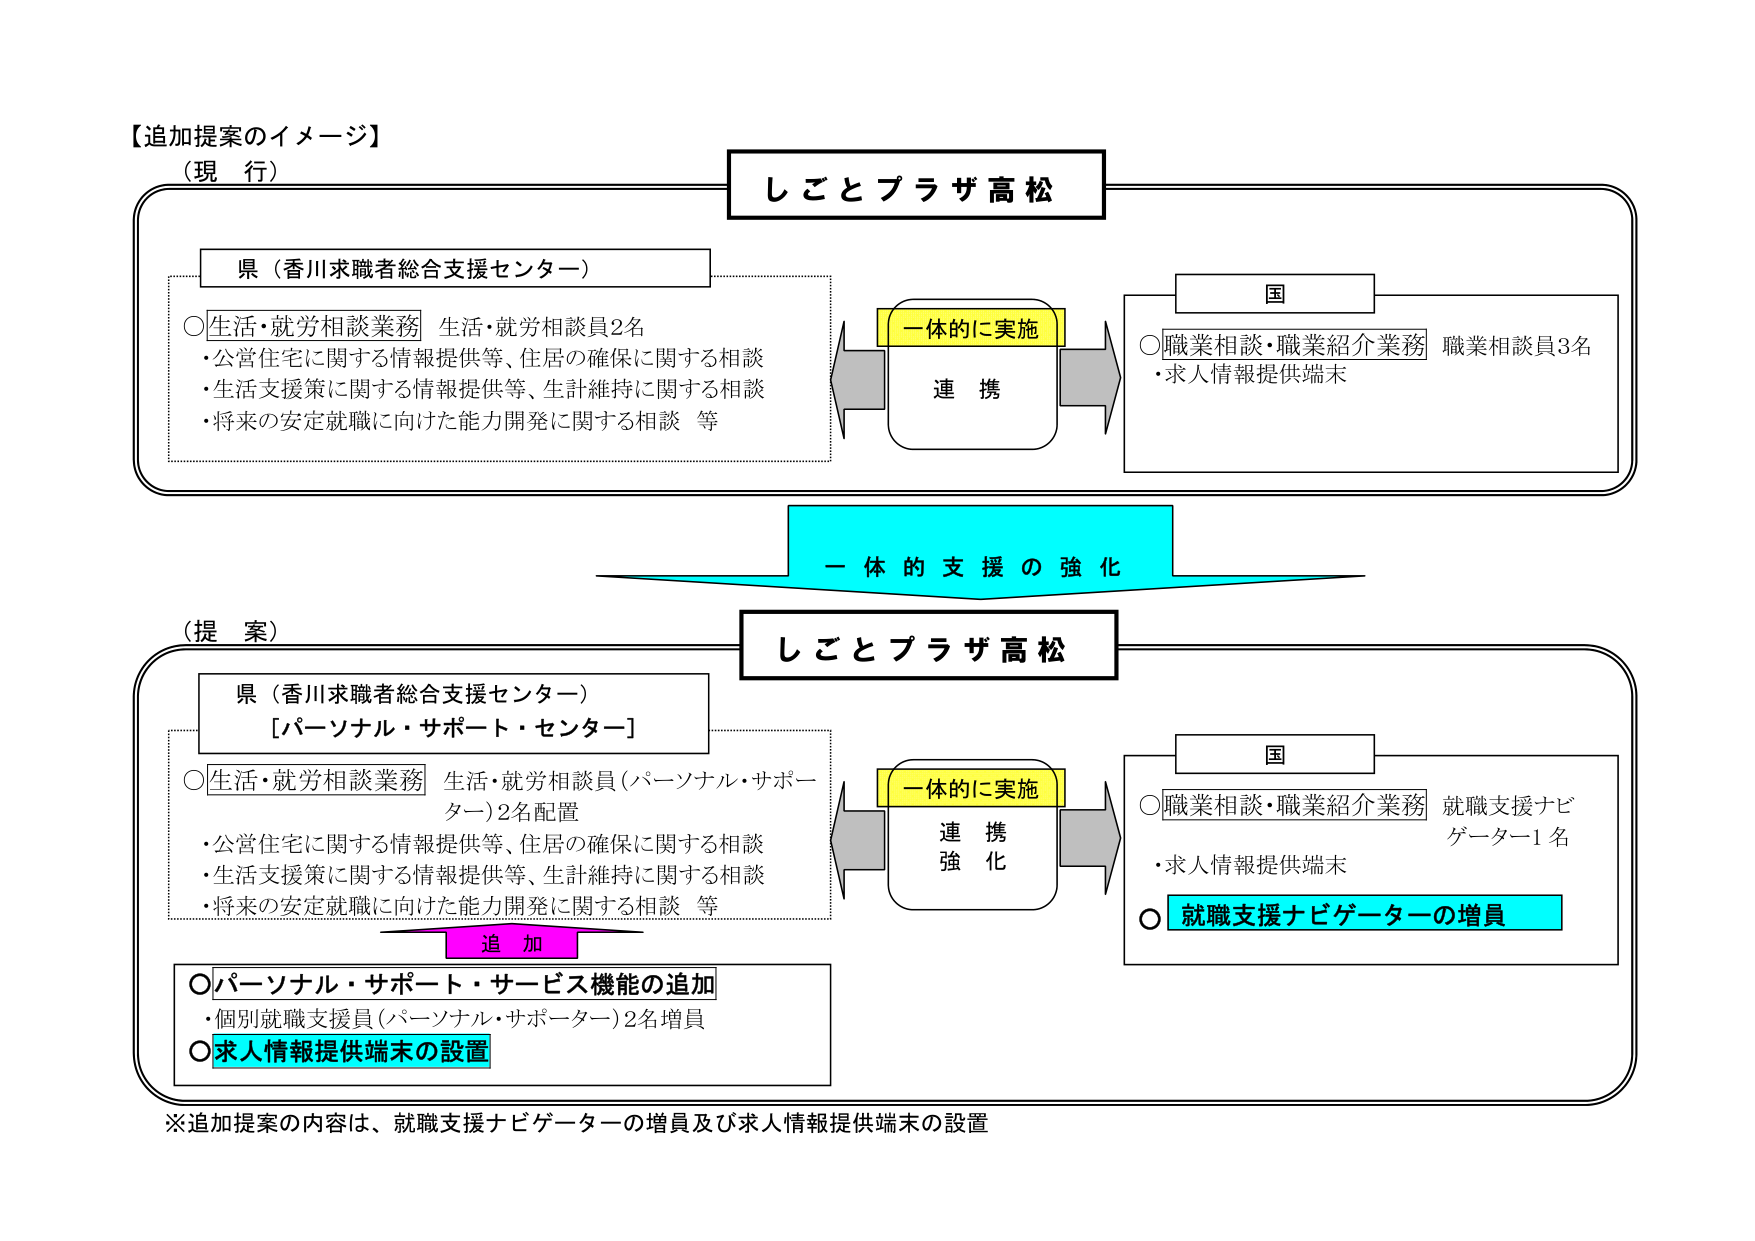
【追加提案のイメージ】

（現 行）

しごとプラザ高松

県（香川求職者総合支援センター）

○生活・就労相談業務 生活・就労相談員2名
・公営住宅に関する情報提供等、住居の確保に関する相談
・生活支援策に関する情報提供等、生計維持に関する相談
・将来の安定就職に向けた能力開発に関する相談 等

一体的に実施
連携

国

○職業相談・職業紹介業務 職業相談員3名
・求人情報提供端末

一体的支援の強化

（提 案）

しごとプラザ高松

県（香川求職者総合支援センター）
[パーソナル・サポート・センター]

○生活・就労相談業務 生活・就労相談員（パーソナル・サポーター）2名配置
・公営住宅に関する情報提供等、住居の確保に関する相談
・生活支援策に関する情報提供等、生計維持に関する相談
・将来の安定就職に向けた能力開発に関する相談 等

追加

○パーソナル・サポート・サービス機能の追加
・個別就職支援員（パーソナル・サポーター）2名増員
○求人情報提供端末の設置

一体的に実施
連携強化

国

○職業相談・職業紹介業務 就職支援ナビゲーター1名
・求人情報提供端末
○就職支援ナビゲーターの増員

※追加提案の内容は、就職支援ナビゲーターの増員及び求人情報提供端末の設置